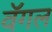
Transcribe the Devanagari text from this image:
वॅगल